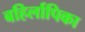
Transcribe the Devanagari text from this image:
बहिर्लापिका